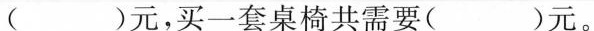
( )元，买一套桌椅共需要( )元。